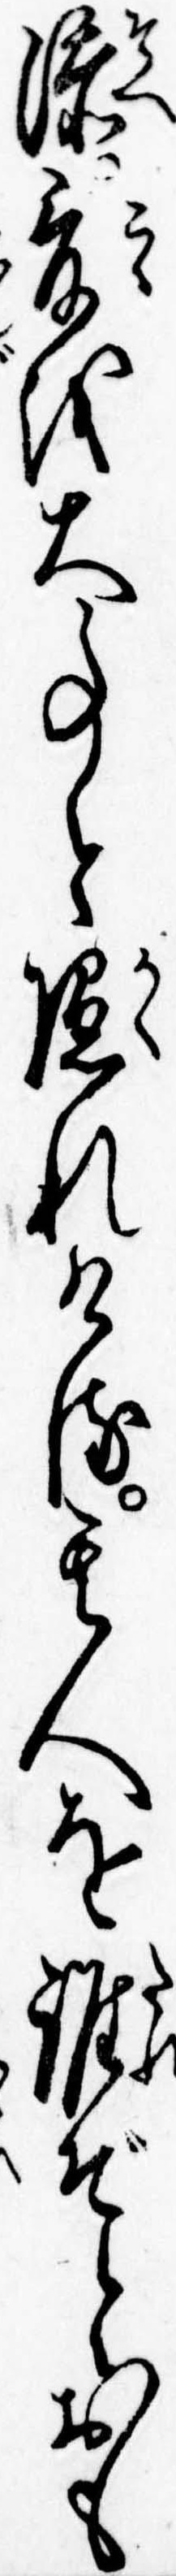
添爰を大事と隠れける其人を誰ぞとおも